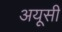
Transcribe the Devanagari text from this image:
अयूसी